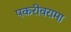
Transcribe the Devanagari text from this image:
पकरीवरामा